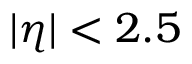
| \eta | < 2 . 5